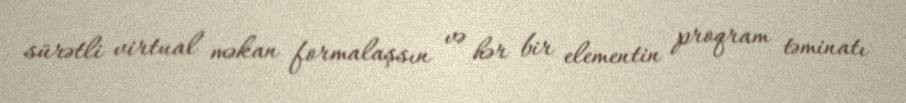
sürətli virtual məkan formalaşsın və hər bir elementin proqram təminatı